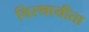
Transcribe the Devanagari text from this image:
चिस्थायीता